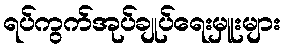
ရပ်ကွက်အုပ်ချုပ်ရေးမှူးများ